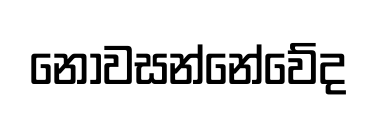
නොවසන්නේවේද